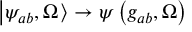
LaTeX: \left| \psi _ { a b } , \Omega \right. \rangle \rightarrow \psi \left( g _ { a b } , \Omega \right)